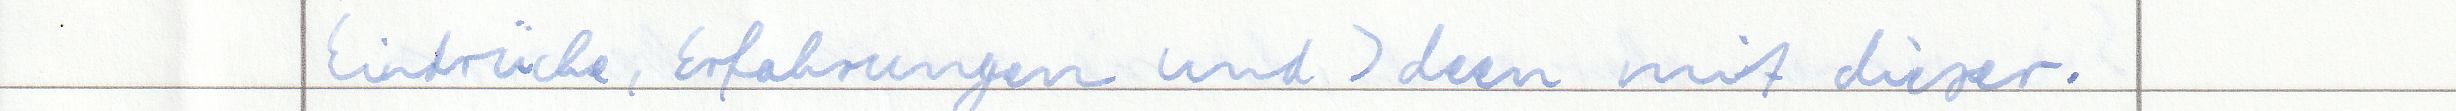
Eindrücke, Erfahrungen und Ideen mit dieser.